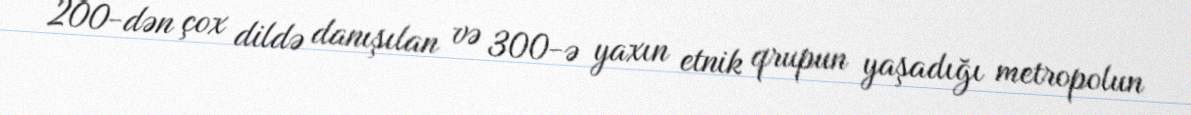
200-dən çox dildə danışılan və 300-ə yaxın etnik qrupun yaşadığı metropolun